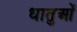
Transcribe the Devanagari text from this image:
धातुआें